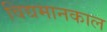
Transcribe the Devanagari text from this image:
विद्यमानकाल